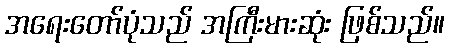
အရေးတော်ပုံသည် အကြီးမားဆုံး ဖြစ်သည်။